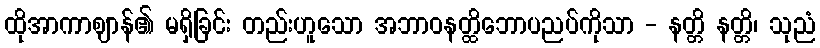
ထိုအာကာဈာန်၏ မရှိခြင်း တည်းဟူသော အဘာဝနတ္ထိဘောပညပ်ကိုသာ - နတ္တိ နတ္တိ၊ သုညံ